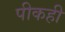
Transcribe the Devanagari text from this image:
पीकही